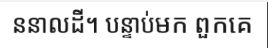
ននាលដី។ បន្ទាប់មក ពួកគេ